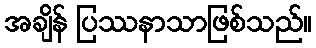
အချိန် ပြဿနာသာဖြစ်သည်။